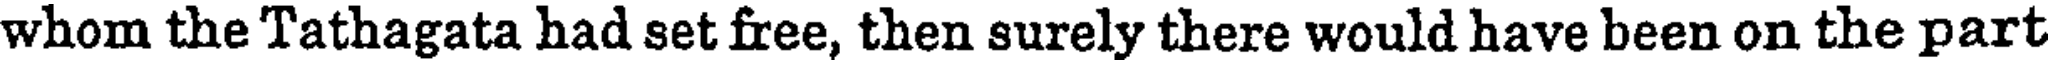
whom the Tathagata had set free, then surely there would have been on the part